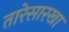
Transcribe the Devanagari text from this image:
तारेसारखा